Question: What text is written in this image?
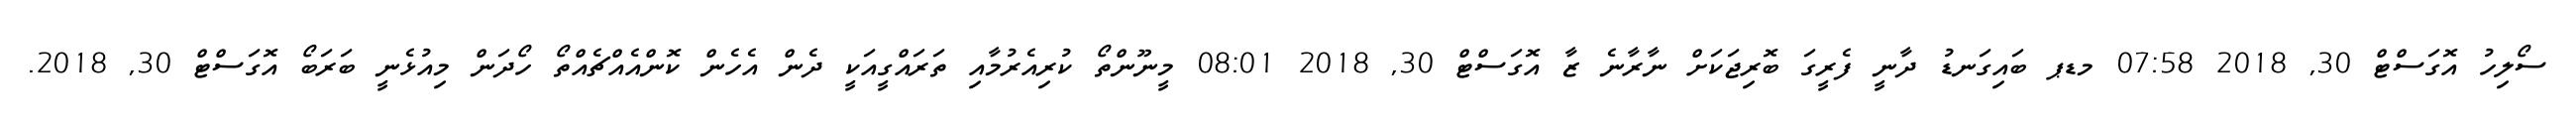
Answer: ސޯލިހު އޮގަސްޓް 30, 2018 07:58 މޑޕ ބައިގަނޑު ދާނީ ފެރީގަ ބޮރިޖަކަށް ނާރާނެ ޒާ އޮގަސްޓް 30, 2018 08:01 މީނޫންތޯ ކުރިއެރުމާއި ތަރައްގީއަކީ ދެން އެހެން ކޮންއެއްޗެއްތޯ ހޯދަން މިއުޅެނީ ބަރަބޯ އޮގަސްޓް 30, 2018.